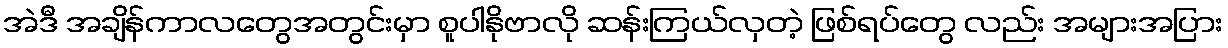
အဲဒီ အချိန်ကာလတွေအတွင်းမှာ စူပါနိုဗာလို ဆန်းကြယ်လှတဲ့ ဖြစ်ရပ်တွေ လည်း အများအပြား